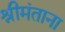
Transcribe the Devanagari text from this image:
श्रीमंताना